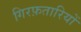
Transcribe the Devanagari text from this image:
गिरफ़तारियों